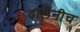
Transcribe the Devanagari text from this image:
ढालेंनीच